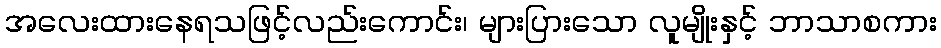
အလေးထားနေရသဖြင့်လည်းကောင်း၊ များပြားသော လူမျိုးနှင့် ဘာသာစကား